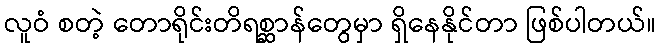
လူဝံ စတဲ့ တောရိုင်းတိရစ္ဆာန်တွေမှာ ရှိနေနိုင်တာ ဖြစ်ပါတယ်။